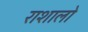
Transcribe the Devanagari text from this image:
राशालो